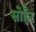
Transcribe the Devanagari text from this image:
सोहैर